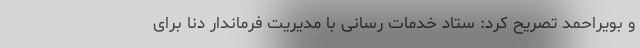
و بویراحمد تصریح کرد: ستاد خدمات رسانی با مدیریت فرماندار دنا برای